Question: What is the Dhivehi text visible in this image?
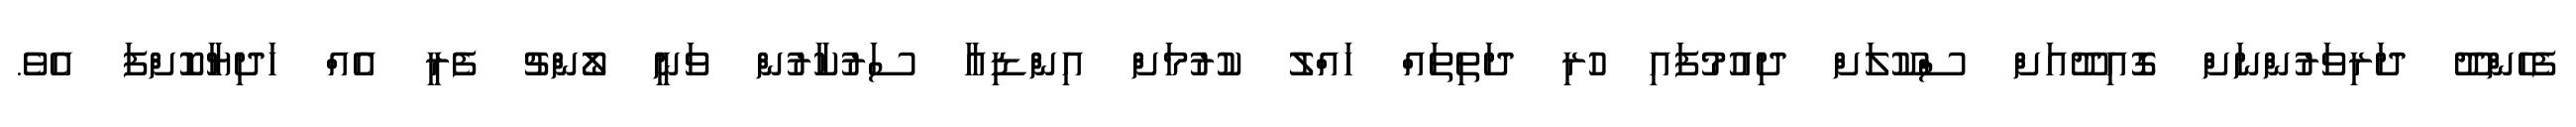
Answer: ފެހެންދޫ ދަރިވަރުންނަށް ގޮއިދޫއަށް ސްކޫލަށް ދިއުމުފައި ހުރި ދަތިތައް ހައްލު ކުރުމަށް އިންޑިއާ ސަރުކާރުން ވަނީ ލޯންޗު ފެރީ އެއް ހަދިޔާކޮށްފަ އެވެ.